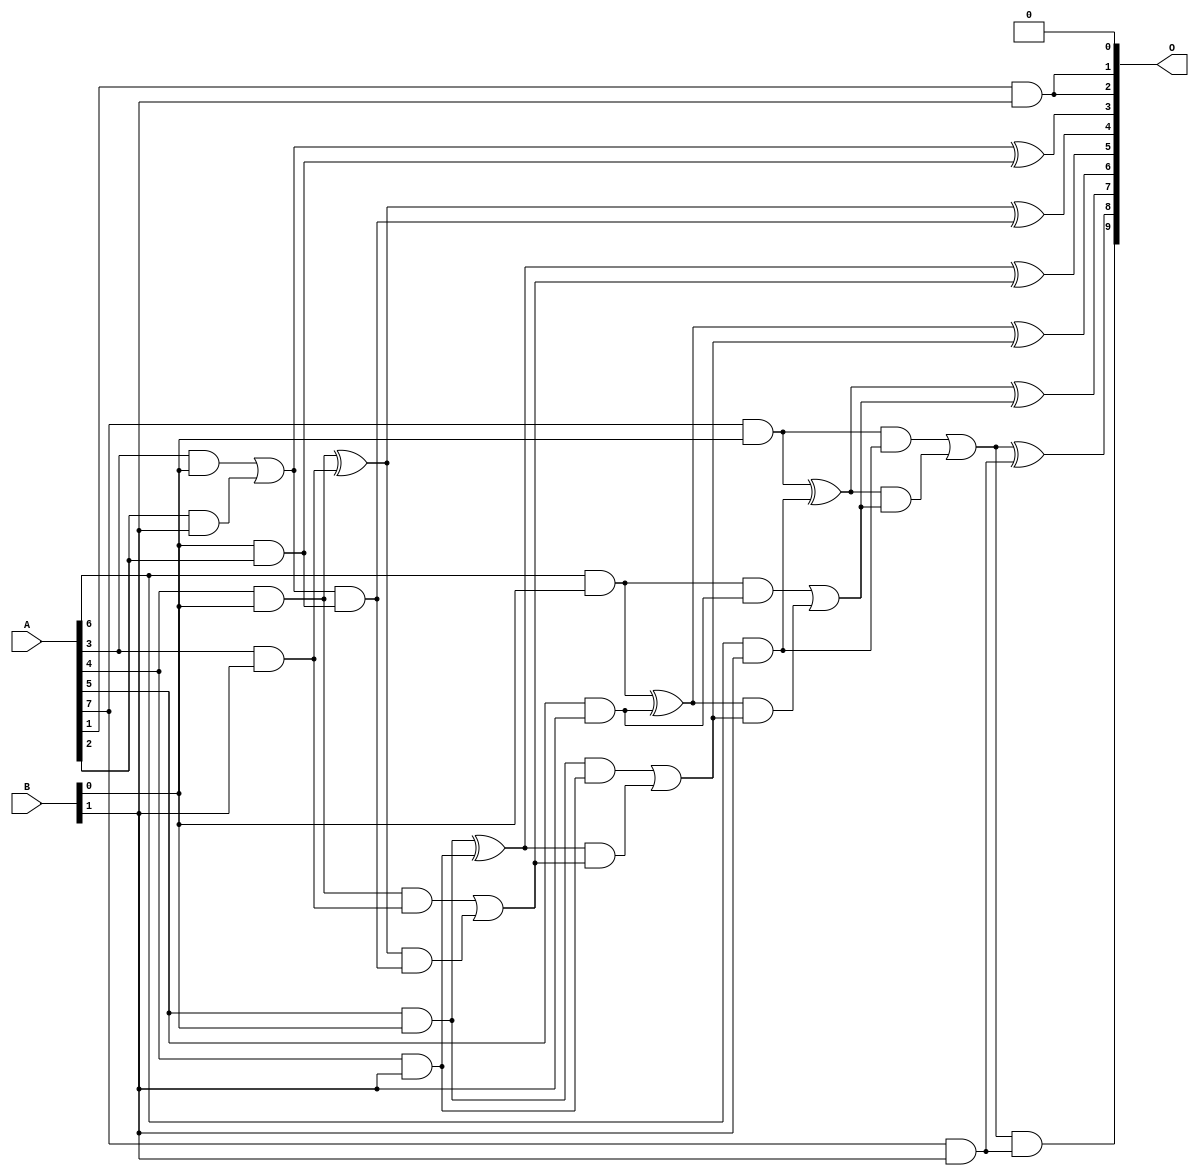
// This program was cloned from: https://github.com/ehw-fit/evoapproxlib
// License: MIT License

/***
* This code is a part of EvoApproxLib library (ehw.fit.vutbr.cz/approxlib) distributed under The MIT License.
* When used, please cite the following article(s): V. Mrazek, L. Sekanina, Z. Vasicek "Libraries of Approximate Circuits: Automated Design and Application in CNN Accelerators" IEEE Journal on Emerging and Selected Topics in Circuits and Systems, Vol 10, No 4, 2020 
* This file contains a circuit from a sub-set of pareto optimal circuits with respect to the pwr and mae parameters
***/
// MAE% = 0.14 %
// MAE = 1.4 
// WCE% = 0.68 %
// WCE = 7.0 
// WCRE% = 100.00 %
// EP% = 53.12 %
// MRE% = 2.72 %
// MSE = 5.0 
// PDK45_PWR = 0.025 mW
// PDK45_AREA = 84.5 um2
// PDK45_DELAY = 0.58 ns

module mul8x2u_0X3 (
    A,
    B,
    O
);

input [7:0] A;
input [1:0] B;
output [9:0] O;

wire sig_12,sig_13,sig_14,sig_15,sig_17,sig_19,sig_20,sig_21,sig_22,sig_23,sig_24,sig_25,sig_29,sig_33,sig_35,sig_36,sig_38,sig_39,sig_40,sig_41;
wire sig_42,sig_43,sig_44,sig_45,sig_46,sig_47,sig_48,sig_49,sig_50,sig_51,sig_52,sig_53,sig_54,sig_55,sig_56,sig_57,sig_58,sig_59;

assign sig_12 = A[6] & B[0];
assign sig_13 = A[3] & B[0];
assign sig_14 = A[4] & B[0];
assign sig_15 = A[5] & B[0];
assign sig_17 = A[7] & B[0];
assign sig_19 = A[1] & B[1];
assign sig_20 = A[2] & B[1];
assign sig_21 = A[3] & B[1];
assign sig_22 = A[4] & B[1];
assign sig_23 = A[5] & B[1];
assign sig_24 = A[6] & B[1];
assign sig_25 = A[7] & B[1];
assign sig_29 = B[0] & A[2];
assign sig_33 = sig_13 | sig_20;
assign sig_35 = sig_33 & sig_29;
assign sig_36 = sig_33 ^ sig_29;
assign sig_38 = sig_14 ^ sig_21;
assign sig_39 = sig_14 & sig_21;
assign sig_40 = sig_38 & sig_35;
assign sig_41 = sig_38 ^ sig_35;
assign sig_42 = sig_39 | sig_40;
assign sig_43 = sig_15 ^ sig_22;
assign sig_44 = sig_15 & sig_22;
assign sig_45 = sig_43 & sig_42;
assign sig_46 = sig_43 ^ sig_42;
assign sig_47 = sig_44 | sig_45;
assign sig_48 = sig_12 ^ sig_23;
assign sig_49 = sig_12 & sig_23;
assign sig_50 = sig_48 & sig_47;
assign sig_51 = sig_48 ^ sig_47;
assign sig_52 = sig_49 | sig_50;
assign sig_53 = sig_17 ^ sig_24;
assign sig_54 = sig_17 & sig_24;
assign sig_55 = sig_53 & sig_52;
assign sig_56 = sig_53 ^ sig_52;
assign sig_57 = sig_54 | sig_55;
assign sig_58 = sig_57 & sig_25;
assign sig_59 = sig_57 ^ sig_25;

assign O[9] = sig_58;
assign O[8] = sig_59;
assign O[7] = sig_56;
assign O[6] = sig_51;
assign O[5] = sig_46;
assign O[4] = sig_41;
assign O[3] = sig_36;
assign O[2] = sig_19;
assign O[1] = sig_19;
assign O[0] = 1'b0;

endmodule